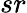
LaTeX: sr